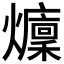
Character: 𤒢